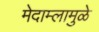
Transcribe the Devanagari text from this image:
मेदाम्लामुळे